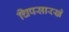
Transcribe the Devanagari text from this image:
चिपसारखे